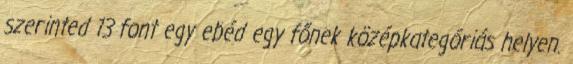
szerinted 13 font egy ebéd egy főnek középkategóriás helyen.